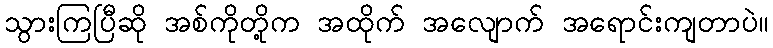
သွားကြပြီဆို အစ်ကိုတို့က အထိုက် အလျောက် အရောင်းကျတာပဲ။